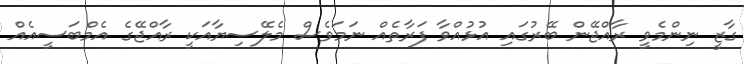
ގާޒީ ނިންމެވީ ރާއްޖޭން ބޭރުގައި އުޅުއްވާ ފަރާތެއް ނަމަވެސް މެލޭސިޔާއަކީ ރާއްޖޭގެ އެމްބަސީއެއް